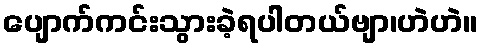
ပျောက်ကင်းသွားခဲ့ရပါတယ်ဗျာ၊ဟဲဟဲ။